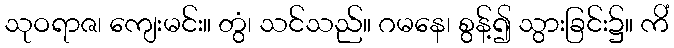
သုဝရာဇ၊ ကျေးမင်း။ တွံ၊ သင်သည်။ ဂမနေ၊ စွန့်၍ သွားခြင်း၌။ ကိံ